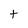
Character: t